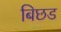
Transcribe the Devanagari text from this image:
बिछड